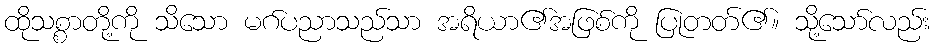
ထိုသစ္စာတို့ကို သိသော မဂ်ပညာသည်သာ အရိယာ၏အဖြစ်ကို ပြုတတ်၏။ သို့သော်လည်း